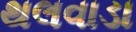
થલવાડા